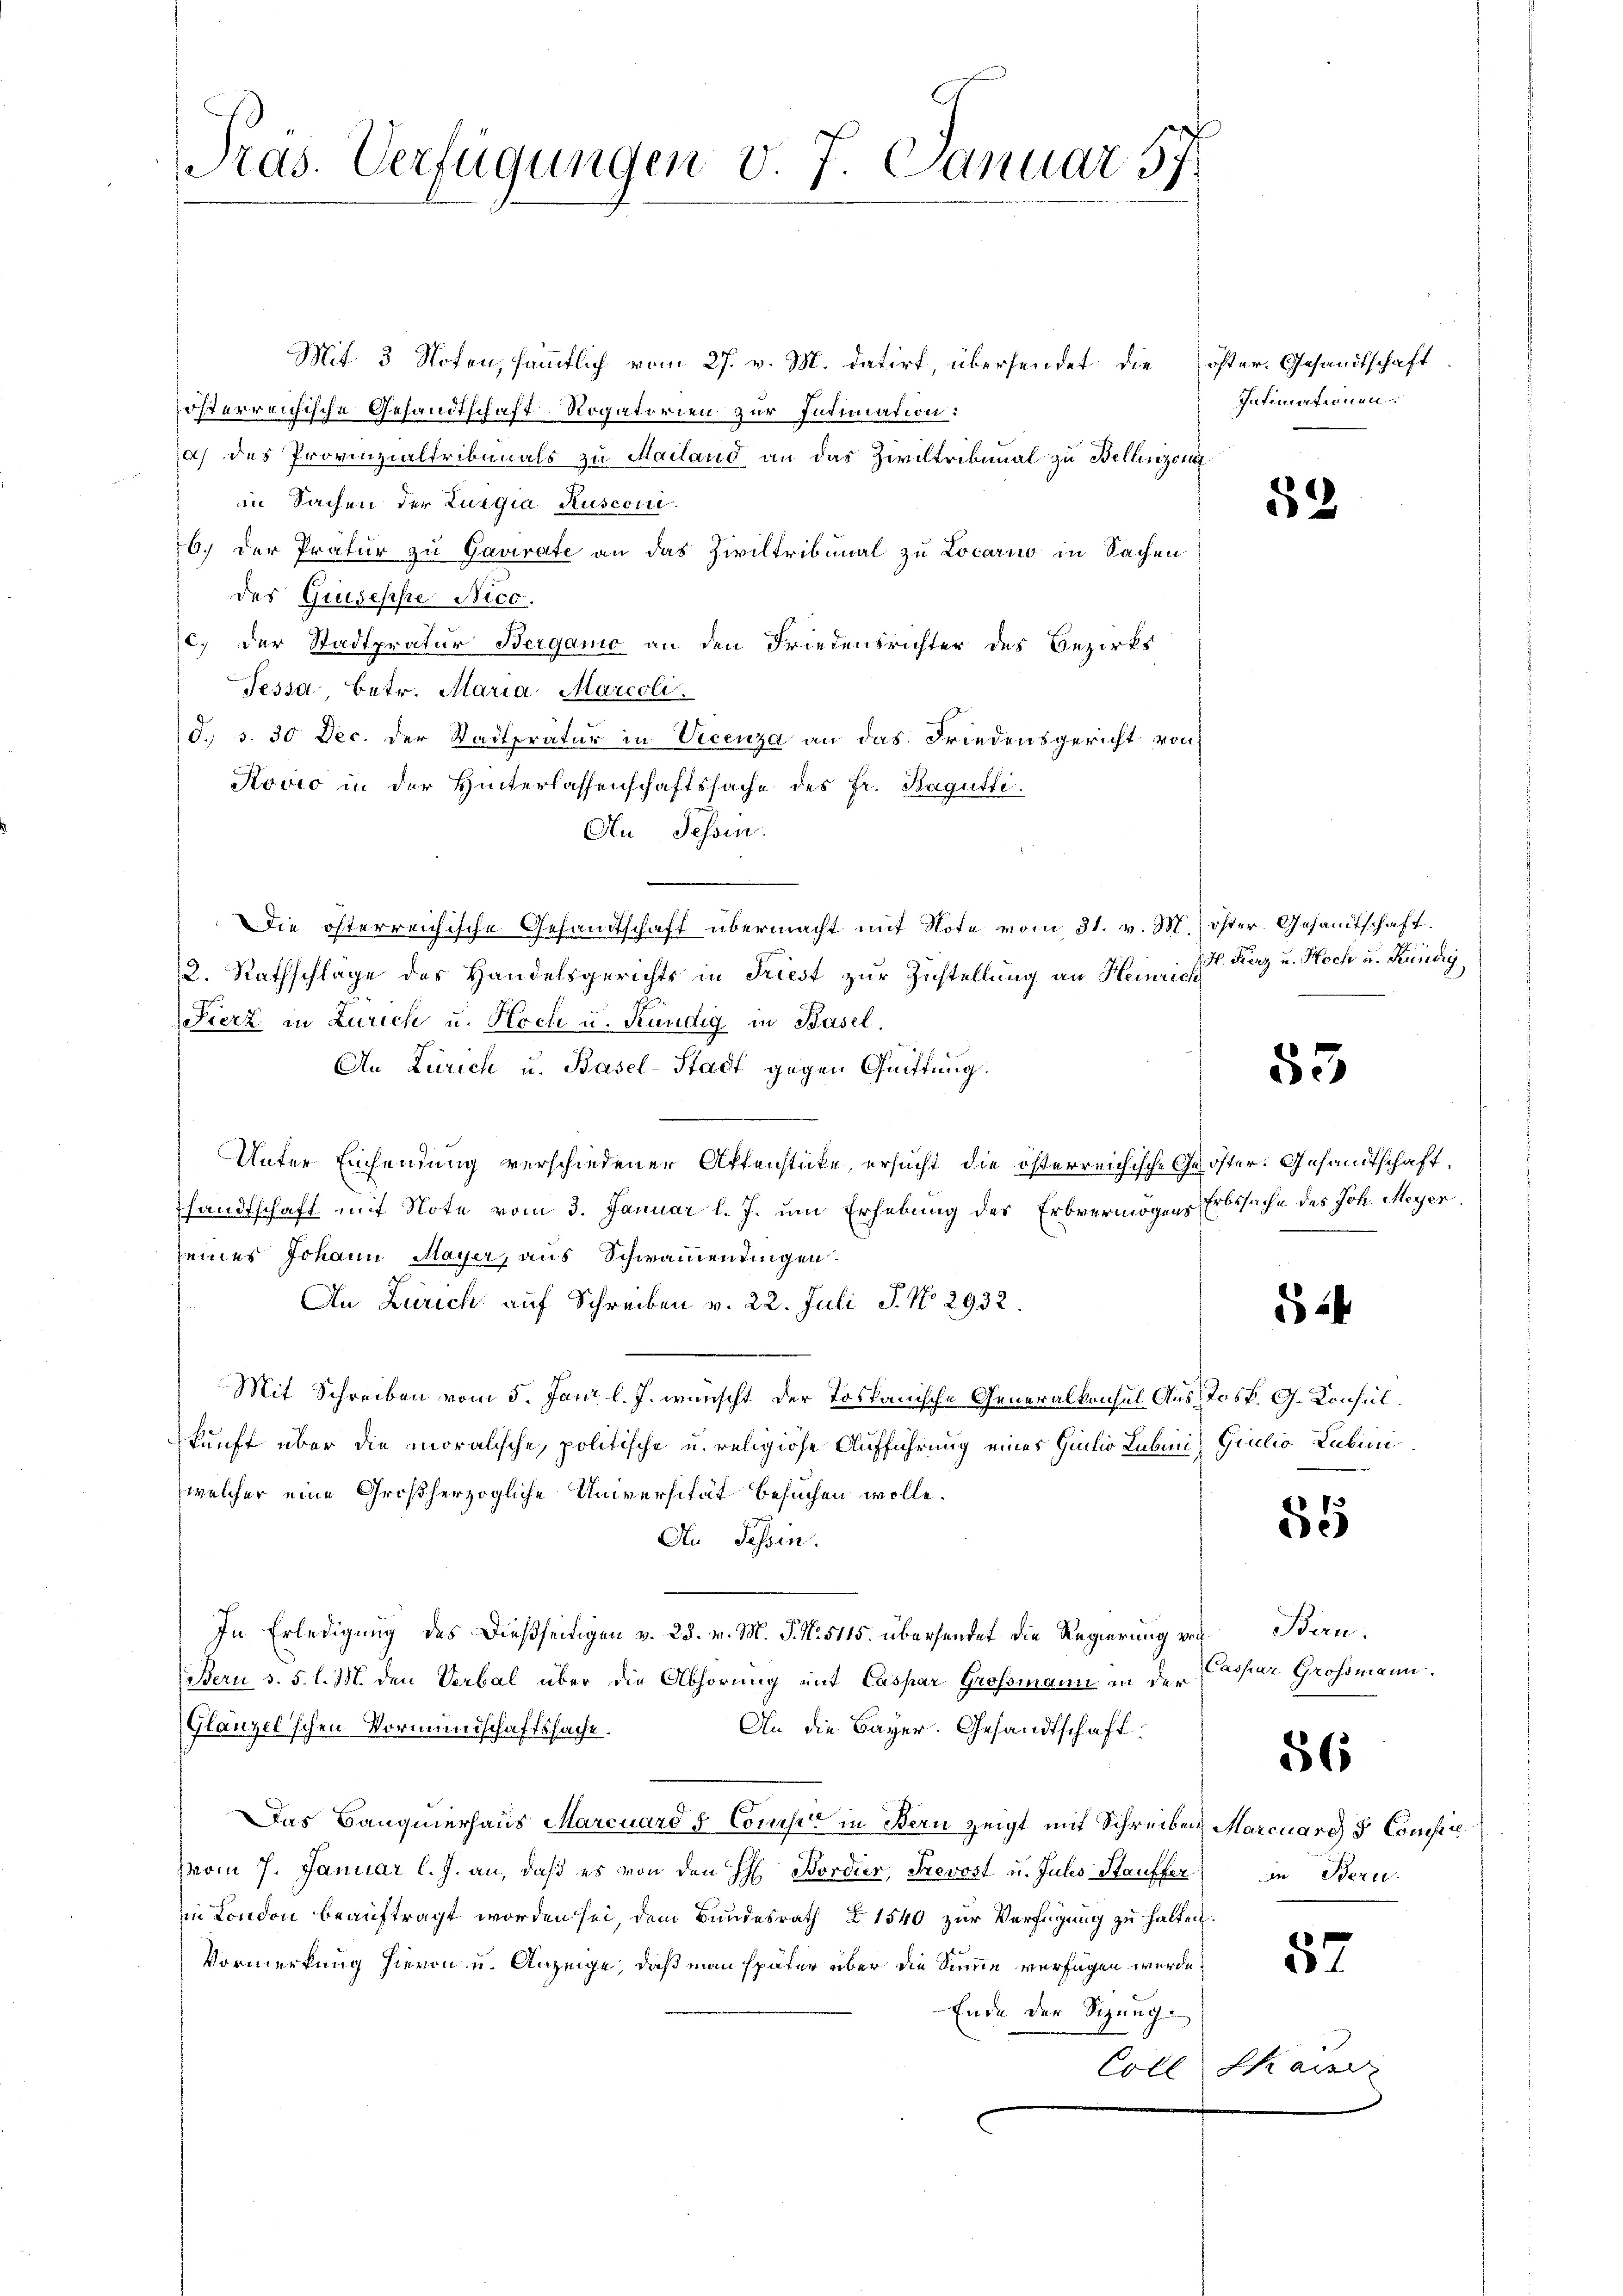
Pras. Verfügungen v. 7. Januar 57

Mit 3 Noten, sämmtlich vom 27. v. M. datirt, übersendet die öster. Gesandtschaft
österreichische Gesandtschaft Rogatorien zur Intimation:
ia) des Provinzialtribunals zu Mailand an das Ziviltribunal zu Bellinzon
in Sachen der Luigia Rusconi
6.) Der Pratur zu Gavirate an das Ziviltribunal zu Locarno in Sachen
des Grisesche Nico.
c. der Stadtpratur Bergamo an den Friedensrichter des Bezirks
Tessa, betr. Maria Marcoli.
d., S. 30 Dec. der Stadtpratur in Vicenza an das Friedensgericht von
Kovio in der Hinterlassenschaftssache des Fr. Bagütti.
An Tessin.
Die österreichische Gesandtschaft übermacht mit Note vom 31. v. M. öster Gesandtschaft.
2. Rathschläge des Handelsgerichts in Triest zur Zustellung an Heinrich
Fierz in Zürich u. Hoch u. Kündig in Basel.
An Zürich u. Basel-Stadt gegen Quittung.
Unter Einsendung verschiedener Aktenstücke, ersucht die österreichische Ges öster. Gesandtschaft,
sandtschaft mit Note vom 3. Januar l. J. um Erhebung des Erbvermögens Erbssache des Joh. Meyer
seines Johann Mayer, aus Schwamentingen.
An Zürich auf Schreiben v. 22. Juli P. No 2932.
Mit Schreiben vom 5. Jani l. J. wünscht der Toskanische Generalkonsul Aus Jos. G. Konsulkunft über die moralische, politische u. religiöse Aufführung eines Giulio Lubin, Giulio Lubini
welcher eine Großherzogliche Universität besuchen wolle.
An Tessin.
In Erledigung des dießseitigen v. 23. v. M. J. N. 5115. übersendet die Regierung er Bern,
Bern d. 5. l. M. den Verbal über die Abhörung mit Caspar Grossmann in der
An die Bayer. Gesandtschaft
Glänzelschen Vormundschaftssache.
Das Baugmerhaus Marcuard & Comise in Bern zeigt mit Schreiben Marcuard & Consiie
(vom 7. Januar l. J. an, daß es von den H. Bordier, Prevost u. Julis Stauffer
n London beauftragt worden sei, dem Bundesrath Z 1540 zur Verfügung zu halten.
Vormerkung hievon u. Anzeige, daß man später über die Summe verfügen wurde,
Ende der Sitzung
Coll

Intimationen.

52

H. Fierz u. Noch u. Kündig

53

§ 24

73
e

Caspar Grossmann.

56

in Bern.

87

Chau